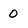
Character: 0